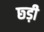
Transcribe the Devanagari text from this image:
छ्ड़ी